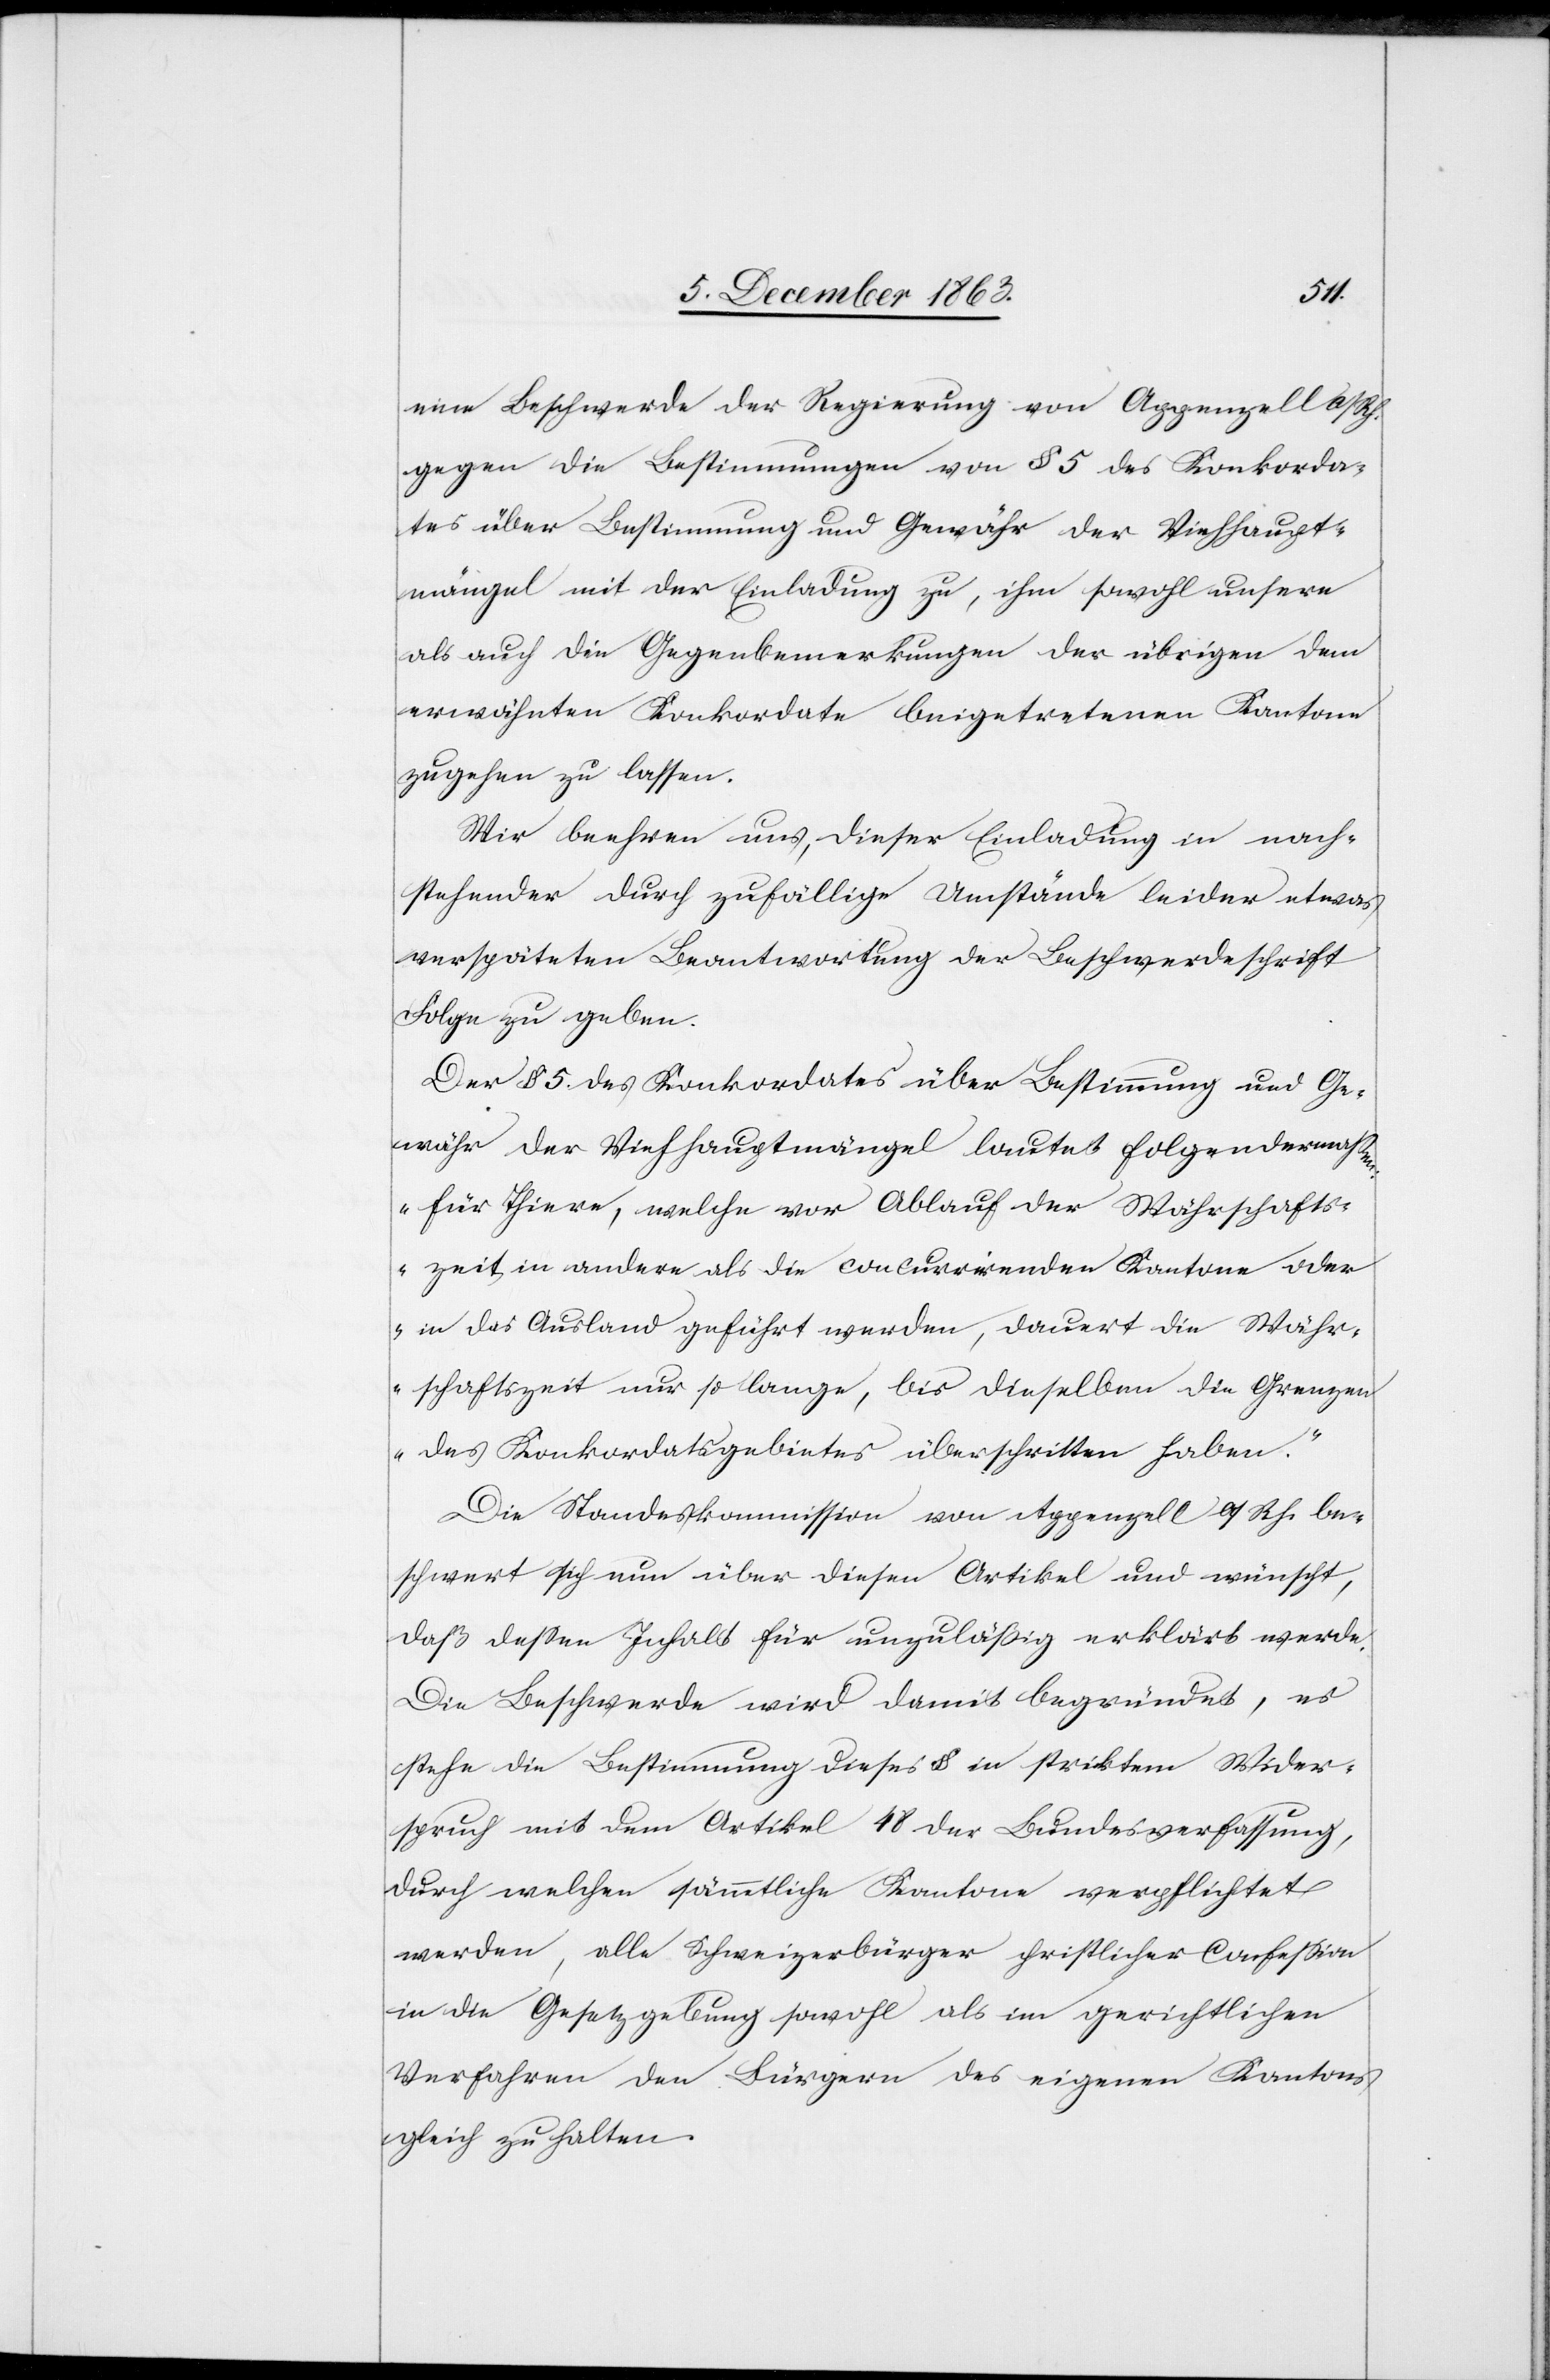
eine Beschwerde der Regierung von Appenzell a/Rh.
gegen die Bestimmungen von § 5 des Konkorda¬
tes über Bestimmung und Gewähr der Viehhaupt¬
mängel mit der Einladung zu, ihm sowohl unsere
als auch die Gegenbemerkungen der übrigen dem
erwähnten Konkordate beigetretenen Kantone
zugehen zu lassen.
Wir beehren uns, dieser Einladung in nach¬
stehender durch zufällige Umstände leider etwas
verspäteten Beantwortung der Beschwerdeschrift
Folge zu geben.
Der § 5 des Konkordates über Bestimmung und Ge¬
währ der Viehhauptmängel lautet folgendermassen:
„Für Thiere, welche vor Ablauf der Währschafts¬
zeit in andere als die concurrirenden Kantone oder
in das Ausland geführt werden, dauert die Währ¬
schaftszeit nur so lange, bis dieselben die Grenzen
des Konkordatsgebietes überschritten haben.“
Die Standeskommission von Appenzell a/Rh. be¬
schwert sich nun über diesen Artikel und wünscht,
daß dessen Inhalt für unzuläßig erklärt werde.
Die Beschwerde wird damit begründet, es
stehe die Bestimmung dieses § in striktem Wider¬
spruch mit dem Artikel 48 der Bundesverfassung,
durch welchen sämmtliche Kantone verpflichtet
werden, alle Schweizerbürger christlicher Confession
in die Gesetzgebung sowohl als im gerichtlichen
Verfahren den Bürgern des eigenen Kantons
gleich zu halten.